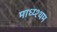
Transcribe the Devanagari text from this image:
माध्य्श्थम